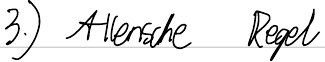
3.) Allensche Regel